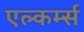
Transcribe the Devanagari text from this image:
एल्कर्म्स